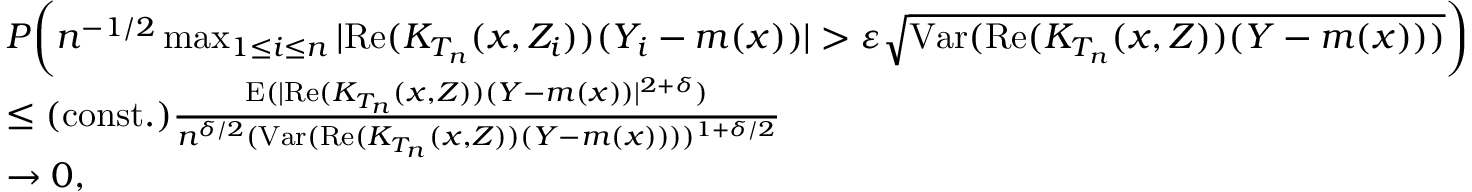
\begin{array} { r l } & { P \bigg ( n ^ { - 1 / 2 } \operatorname* { m a x } _ { 1 \leq i \leq n } | \mathrm { R e } ( K _ { T _ { n } } ( x , Z _ { i } ) ) ( Y _ { i } - m ( x ) ) | > \varepsilon \sqrt { \mathrm { V a r } ( \mathrm { R e } ( K _ { T _ { n } } ( x , Z ) ) ( Y - m ( x ) ) ) } \bigg ) } \\ & { \leq \mathrm { ( c o n s t . ) } \frac { \mathrm { E } ( | \mathrm { R e } ( K _ { T _ { n } } ( x , Z ) ) ( Y - m ( x ) ) | ^ { 2 + \delta } ) } { n ^ { \delta / 2 } ( \mathrm { V a r } ( \mathrm { R e } ( K _ { T _ { n } } ( x , Z ) ) ( Y - m ( x ) ) ) ) ^ { 1 + \delta / 2 } } } \\ & { \rightarrow 0 , } \end{array}